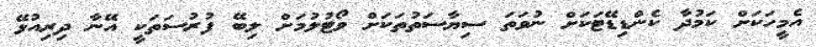
އެމީހަކަށް ކަމުދާ ކެންޑިޑޭޓަކަށް ނުވަތަ ސިޔާސަތުތަކަށް ވޯޓުލުމަށް ލިބޭ ފުރުސަތަކީ އޭނާ ދިރިއުޅޭ